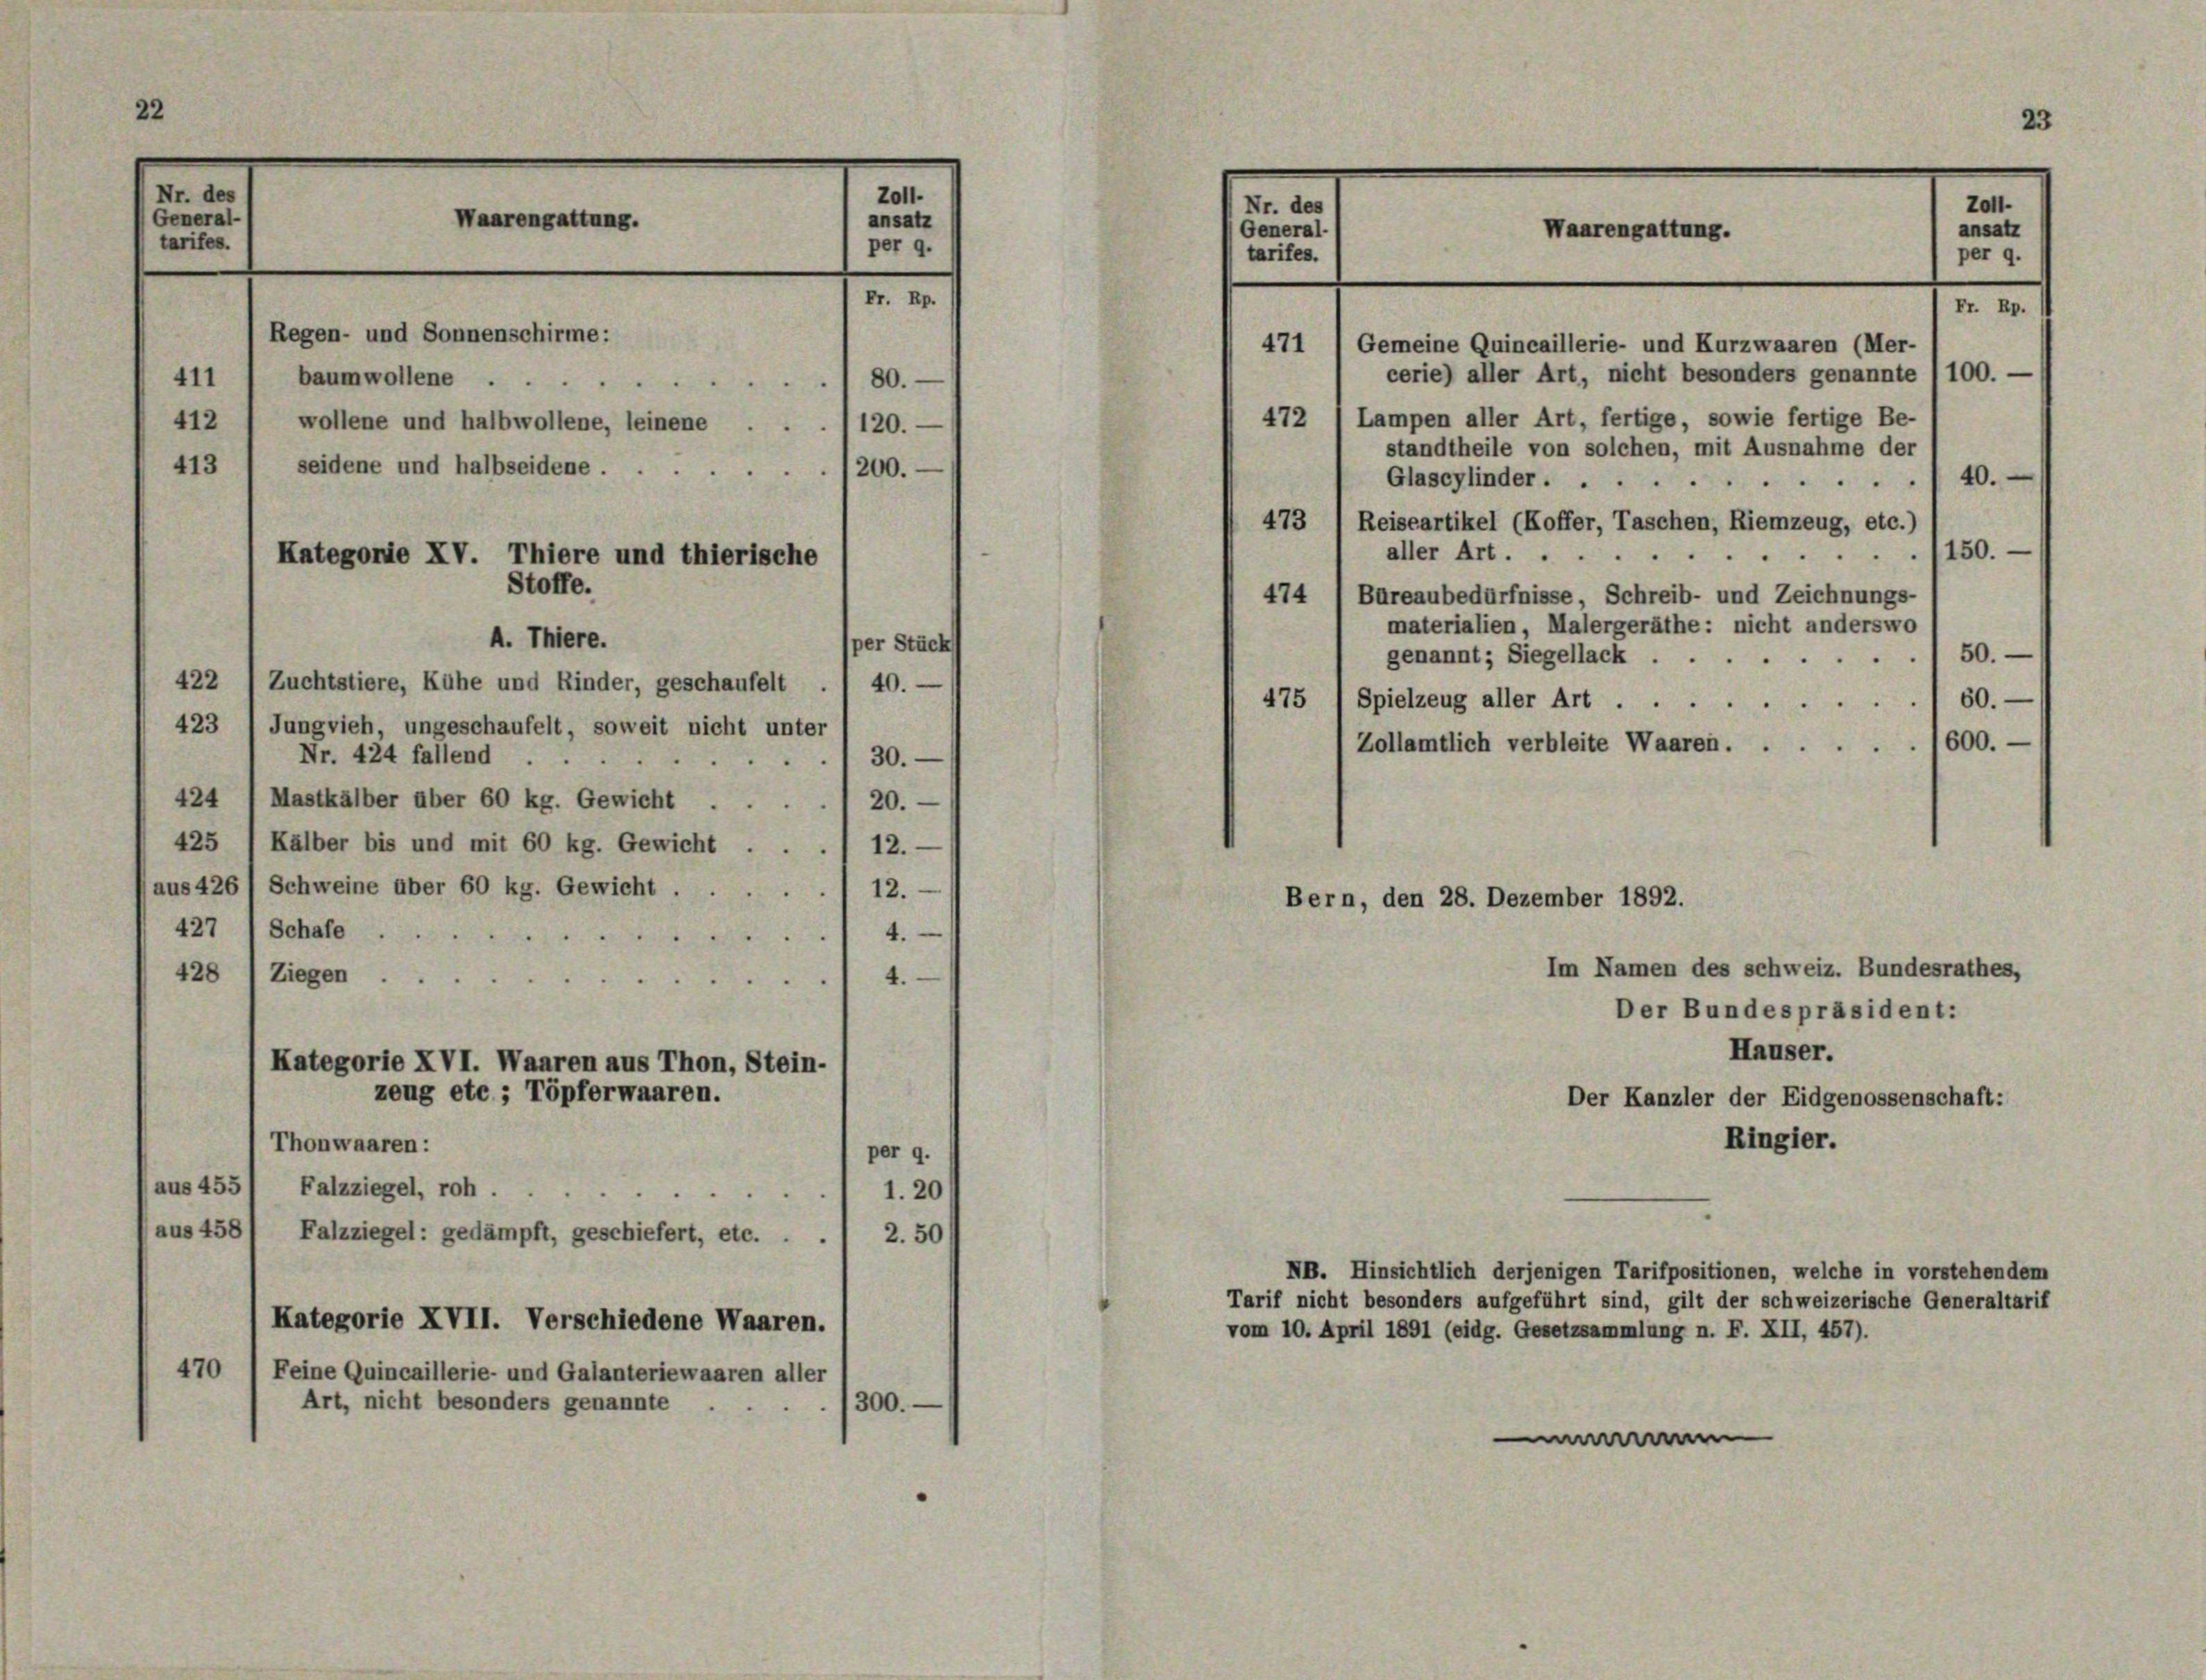
(Nr. des
General-
tarifes.

411
412
413

Waarengattung.

Regen- und Sonnenschirme:
baumwollene
seidene und halbseidene.

Kategorie XV. Thiere und thierische
Stoffe.

wollene und halbwollene, leinene

Zo11.
ansatz
per 9.

180.
120.
“
200.

sper Stück
30.

A. Thiere.
422 / Zuchtstiere, Kühe und Kinder, geschaufelt . / 40. —
423
Jungvieh, ungeschaufelt, soweit nicht unter
Nr. 424 fallend
424 1 Mastkälber über 60 kg. Gewicht ..... 20.
425 /Kälber bis und mit 60 kg. Gewicht . . 12.
aus 426 / Schweine über 60 kg. Gewicht ...... 12.
427 / Schafe
14.
428 1 Ziegen
4
Kategorie XVI. Waaren aus Thon, Stein-
zeug etc.; Töpferwaaren.
Thonwaaren:
per 9.
aus 455/ Falzziegel, roh
1.20
aus 458 1 Falzziegel: gedämpft, geschiefert, etc. .
2.50
Kategorie XVII. Verschiedene Waaren.
470 / Feine Quincaillerie- und Galanteriewaaren aller
Art, nicht besonders genannte
300.

Nr. des
(General
tarifes.

Waarengattung.

23
Fr. Rp.
471 , Gemeine Quincaillerie- und Kurzwaaren (Mer-
cerie) aller Art, nicht besonders genannte 1100. —

Zott.
ansatz
per 9.

472 1 Lampen aller Art, fertige, sowie fertige Be-
standtheile von solchen, mit Ausnahme der
40.
Glascylinder . . .
.
473
Reiseartikel (Koffer, Taschen, Riemzeug, etc.)
150.
aller Art.
474  Bureaubedürfnisse, Schreib- und Zeichnungs-
materialien, Malergeräthe: nicht anderswo
50.
genannt; Siegellack .
.
475 (Spielzeug aller Art. 60.
600.
Zollamtlich verbleite Waaren.
Bern, den 28. Dezember 1892.
Im Namen des schweiz. Bundesrathes,
Der Bundespräsident:
Hauser.
Der Kanzler der Eidgenossenschaft:
Ringier.
NB. Hinsichtlich derjenigen Tarifpositionen, welche in vorstehendem
Tarif nicht besonders aufgeführt sind, gilt der schweizerische Generaltarif
vom 10. April 1891 (eidg. Gesetzsammlung n. F. XII, 457).
m